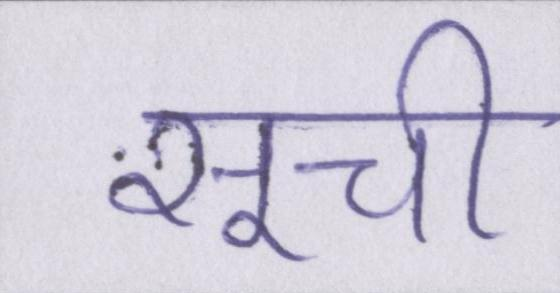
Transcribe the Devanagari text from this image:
सूची